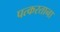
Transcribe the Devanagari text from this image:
पत्करताना